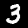
Digit: 3